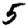
Digit: 5